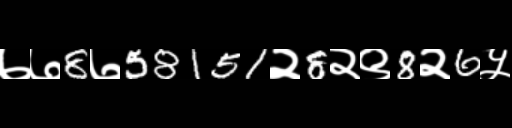
Text: ७७8७58151२8२९8२6५